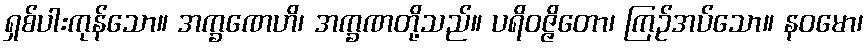
ရှစ်ပါးကုန်သော။ အက္ခဏေဟိ၊ အက္ခဏတို့သည်။ ပရိဝဇ္ဇိတော၊ ကြဉ်အပ်သော။ နဝမော၊